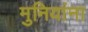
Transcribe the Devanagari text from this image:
मुनियांना